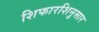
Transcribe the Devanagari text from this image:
शिफारशिनुसार